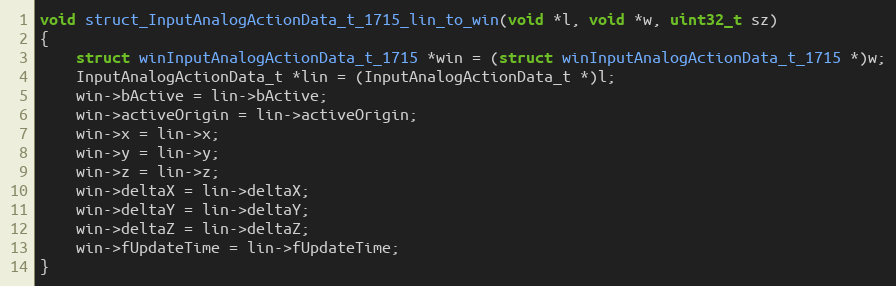
Language: C++
void struct_InputAnalogActionData_t_1715_lin_to_win(void *l, void *w, uint32_t sz)
{
    struct winInputAnalogActionData_t_1715 *win = (struct winInputAnalogActionData_t_1715 *)w;
    InputAnalogActionData_t *lin = (InputAnalogActionData_t *)l;
    win->bActive = lin->bActive;
    win->activeOrigin = lin->activeOrigin;
    win->x = lin->x;
    win->y = lin->y;
    win->z = lin->z;
    win->deltaX = lin->deltaX;
    win->deltaY = lin->deltaY;
    win->deltaZ = lin->deltaZ;
    win->fUpdateTime = lin->fUpdateTime;
}